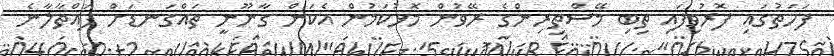
ފަހަތުގައި ފޮރުވިފައި ތިބި މޭސްތިރިންގެ ރޭވުން މޮޅުކަމުން އެކަން ގާނޫނީ ތައްގަނޑަށް ފައްތާލާނެ